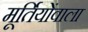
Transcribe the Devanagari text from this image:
मूर्तियोंवाला